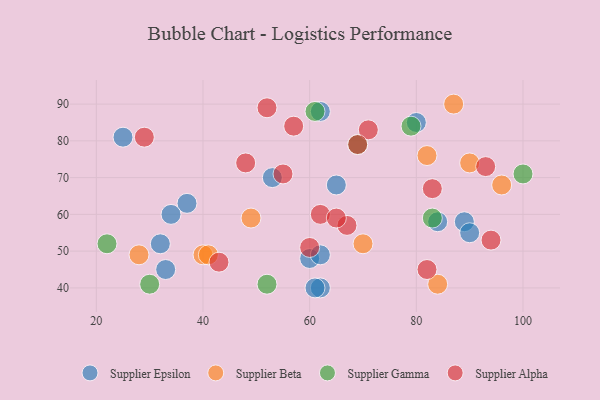
{"axis": {"x": "GDP", "y": "Life Expectancy"}, "legend": ["Supplier Alpha", "Supplier Beta", "Supplier Epsilon", "Supplier Gamma"], "data": [{"x": "62", "y": 40, "type": "Supplier Epsilon"}, {"x": "65", "y": 68, "type": "Supplier Epsilon"}, {"x": "84", "y": 58, "type": "Supplier Epsilon"}, {"x": "25", "y": 81, "type": "Supplier Epsilon"}, {"x": "89", "y": 58, "type": "Supplier Epsilon"}, {"x": "61", "y": 40, "type": "Supplier Epsilon"}, {"x": "32", "y": 52, "type": "Supplier Epsilon"}, {"x": "53", "y": 70, "type": "Supplier Epsilon"}, {"x": "90", "y": 55, "type": "Supplier Epsilon"}, {"x": "33", "y": 45, "type": "Supplier Epsilon"}, {"x": "60", "y": 48, "type": "Supplier Epsilon"}, {"x": "62", "y": 49, "type": "Supplier Epsilon"}, {"x": "80", "y": 85, "type": "Supplier Epsilon"}, {"x": "62", "y": 88, "type": "Supplier Epsilon"}, {"x": "37", "y": 63, "type": "Supplier Epsilon"}, {"x": "34", "y": 60, "type": "Supplier Epsilon"}, {"x": "49", "y": 59, "type": "Supplier Beta"}, {"x": "84", "y": 41, "type": "Supplier Beta"}, {"x": "40", "y": 49, "type": "Supplier Beta"}, {"x": "87", "y": 90, "type": "Supplier Beta"}, {"x": "82", "y": 76, "type": "Supplier Beta"}, {"x": "28", "y": 49, "type": "Supplier Beta"}, {"x": "70", "y": 52, "type": "Supplier Beta"}, {"x": "90", "y": 74, "type": "Supplier Beta"}, {"x": "41", "y": 49, "type": "Supplier Beta"}, {"x": "96", "y": 68, "type": "Supplier Beta"}, {"x": "22", "y": 52, "type": "Supplier Gamma"}, {"x": "30", "y": 41, "type": "Supplier Gamma"}, {"x": "69", "y": 79, "type": "Supplier Gamma"}, {"x": "79", "y": 84, "type": "Supplier Gamma"}, {"x": "61", "y": 88, "type": "Supplier Gamma"}, {"x": "52", "y": 41, "type": "Supplier Gamma"}, {"x": "83", "y": 59, "type": "Supplier Gamma"}, {"x": "100", "y": 71, "type": "Supplier Gamma"}, {"x": "93", "y": 73, "type": "Supplier Alpha"}, {"x": "48", "y": 74, "type": "Supplier Alpha"}, {"x": "60", "y": 51, "type": "Supplier Alpha"}, {"x": "67", "y": 57, "type": "Supplier Alpha"}, {"x": "57", "y": 84, "type": "Supplier Alpha"}, {"x": "62", "y": 60, "type": "Supplier Alpha"}, {"x": "55", "y": 71, "type": "Supplier Alpha"}, {"x": "94", "y": 53, "type": "Supplier Alpha"}, {"x": "65", "y": 59, "type": "Supplier Alpha"}, {"x": "83", "y": 67, "type": "Supplier Alpha"}, {"x": "71", "y": 83, "type": "Supplier Alpha"}, {"x": "69", "y": 79, "type": "Supplier Alpha"}, {"x": "52", "y": 89, "type": "Supplier Alpha"}, {"x": "43", "y": 47, "type": "Supplier Alpha"}, {"x": "82", "y": 45, "type": "Supplier Alpha"}, {"x": "29", "y": 81, "type": "Supplier Alpha"}]}